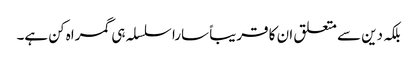
بلکہ دین سے متعلق ان کا قریباً سارا سلسلہ ہی گمراہ کن ہے۔